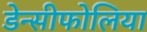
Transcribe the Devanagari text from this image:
डेन्सीफोलिया